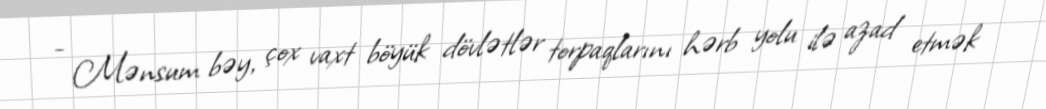
- Mənsum bəy, çox vaxt böyük dövlətlər torpaqlarını hərb yolu ilə azad etmək